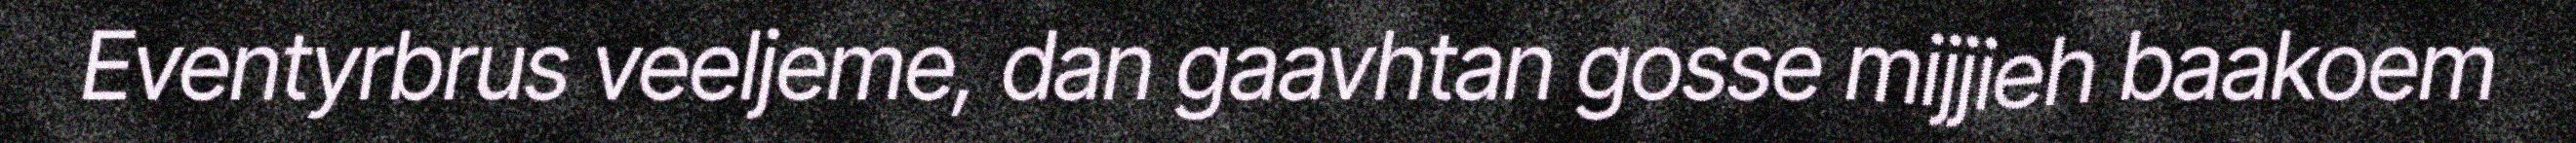
Eventyrbrus veeljeme, dan gaavhtan gosse mijjieh baakoem